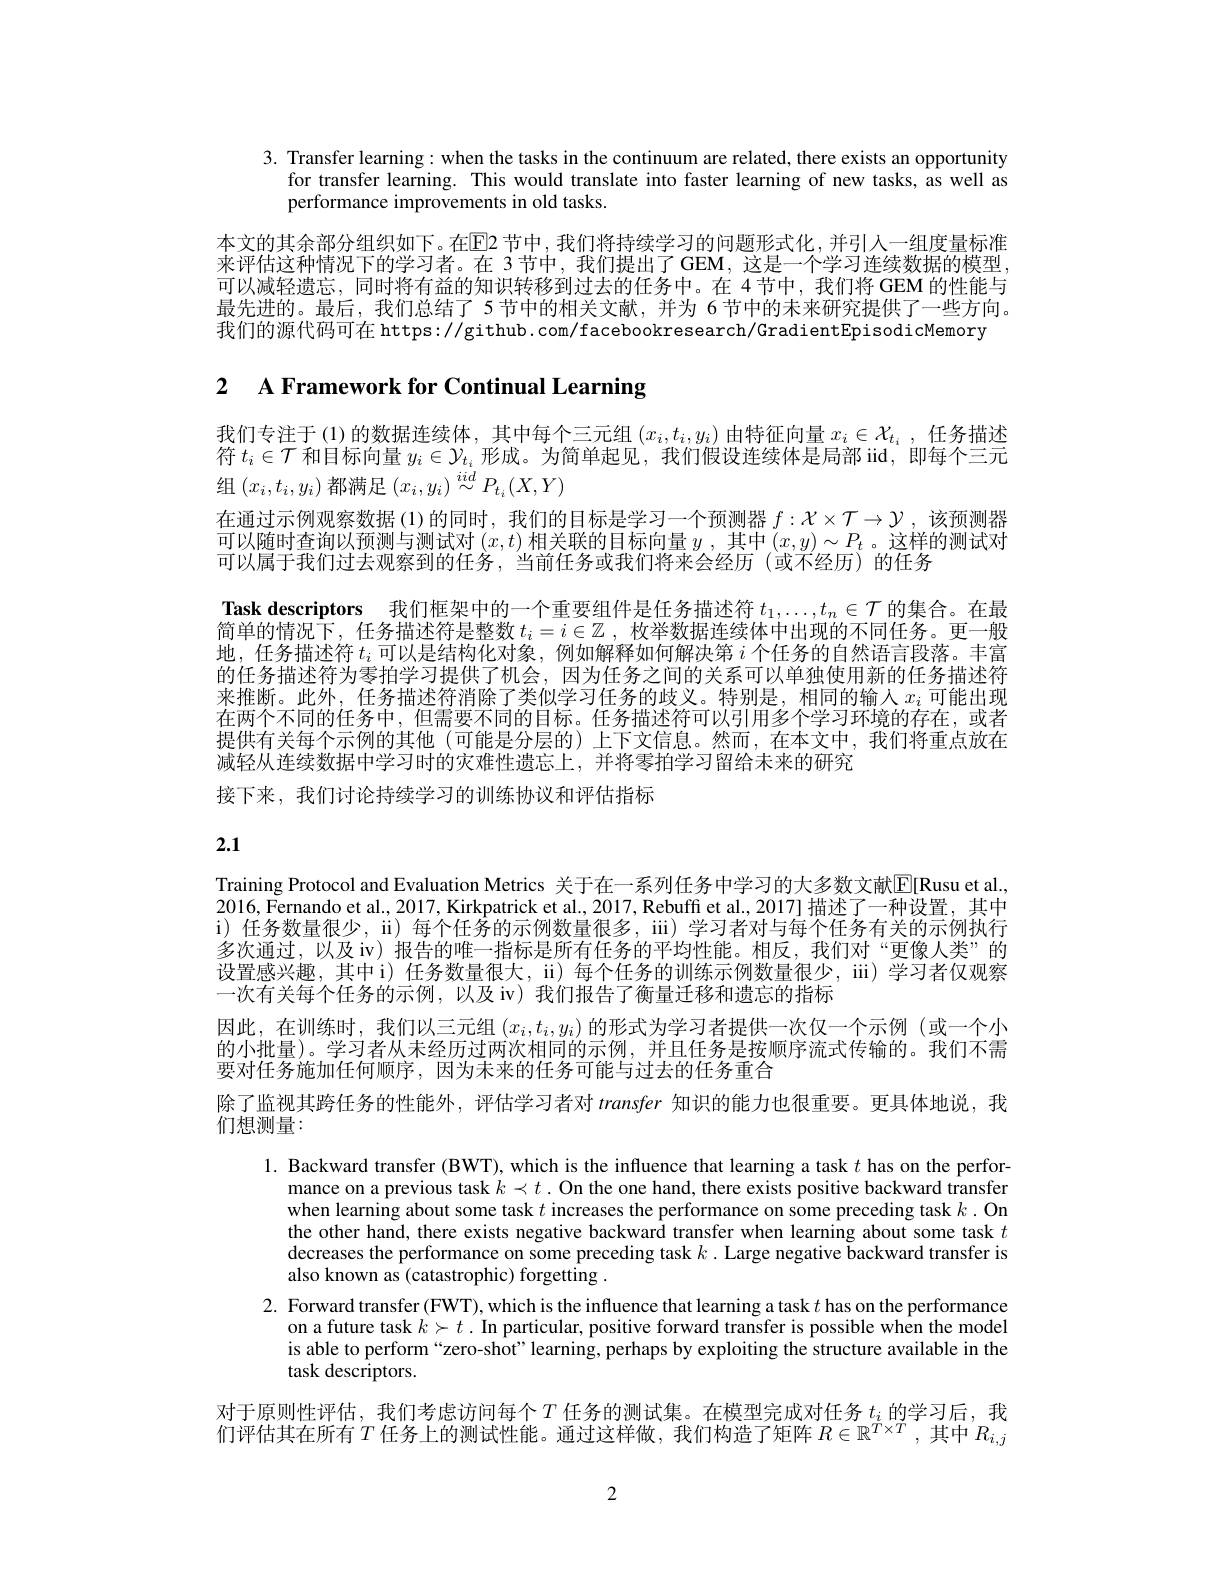
3. Transfer learning: when the tasks in the continuum are related, there exists an opportunity
for transfer learning. This would translate into faster learning of new tasks, as well as
performance improvements in old tasks

本文的其余部分组织如下。在$\overline{\mathrm{E}}$2 节中，我们将持续学习的问题形式化，并引入一组度量标准来评估这种情况下的学习者。在 3 节中，我们提出了 GEM, 这是一个学习连续数据的模型， 可以减轻遗忘，同时将有益的知识转移到过去的任务中。在 4节中，我们将 GEM 的性能与最先进的。最后，我们总结了 5 节中的相关文献，并为 6 节中的未来研究提供了一些方向。我们的源代码可在 https://github.com/facebookresearch/GradientEpisodicMemory

2 A Framework for Continual Learning

我们专注于(1)的数据连续体，其中每个三元组$(x_i,t_i,y_i)$由特征向量$x_i\in\mathcal{X}_{t_i}$,任务描述符$t_i\in\mathcal{T}$和目标向量$y_i\in\mathcal{V}_{t_i}$形成。为简单起见，我们假设连续体是局部 iid, 即每个三元组$(x_i,t_i,y_i)$都满足$(x_i,y_i)\stackrel{iid}\sim P_{t_i}(X,Y)$
在通过示例观察数据(1)的同时，我们的目标是学习一个预测器$f:\mathcal{X}\times\mathcal{T}\to\mathcal{Y}$,该预测器可以随时查询以预测与测试对$(x,t)$相关联的目标向量$y$,其中$(x,y)\sim P_t$ 。这样的测试对可以属于我们过去观察到的任务，当前任务或我们将来会经历(或不经历)的任务
Task descriptors 我们框架中的一个重要组件是任务描述符$t_1,\ldots,t_n\in\mathcal{T}$的集合。在最简单的情况下，任务描述符是整数$t_i=i\in\mathbb{Z}$ ,枚举数据连续体中出现的不同任务。更一般地，任务描述符$t_i$可以是结构化对象，例如解释如何解决第$i$个任务的自然语言段落。丰富的任务描述符为零拍学习提供了机会，因为任务之间的关系可以单独使用新的任务描述符来推断。此外，任务描述符消除了类似学习任务的歧义。特别是，相同的输入$x_i$可能出现在两个不同的任务中，但需要不同的目标。任务描述符可以引用多个学习环境的存在，或者提供有关每个示例的其他(可能是分层的)上下文信息。然而，在本文中，我们将重点放在减轻从连续数据中学习时的灾难性遗忘上，并将零拍学习留给未来的研究
接下来，我们讨论持续学习的训练协议和评估指标

# 2.1

Training Protocol and Evaluation Metrics 关于在一系列任务中学习的大多数文献$\mathbb{E}[$Rusu et al. 2016, Fernando et al., 2017, Kirkpatrick et al., 2017, Rebuffi et al., 2017] 描述了一种设置，其中i) 任务数量很少，ii) 每个任务的示例数量很多，iii) 学习者对与每个任务有关的示例执行多次通过，以及 iv) 报告的唯一指标是所有任务的平均性能。相反，我们对“更像人类”的设置感兴趣，其中i) 任务数量很大，ii) 每个任务的训练示例数量很少，iii) 学习者仅观察一次有关每个任务的示例，以及 iv) 我们报告了衡量迁移和遗忘的指标
因此，在训练时，我们以三元组$\left(x_i,t_i,y_i\right)$的形式为学习者提供一次仅一个示例(或一个小的小批量)。学习者从未经历过两次相同的示例，并且任务是按顺序流式传输的。我们不需罗对任务施加任何顺序，因为末来的任务可能与过去的任务重合
除了监视其跨任务的性能外，评估学习者对 transfer 知识的能力也很重要。更具体地说，我
们想测量：

1. Backward transfer (BWT), which is the influence that learning a task $t$ has on the perfor-
mance on a previous task $k\prec t.$ On the one hand, there exists positive backward transfer when learning about some task $t$ increases the performance on some preceding task $k.$ On the other hand, there exists negative backward transfer when learning about some task $t$ decreases the performance on some preceding task $k$ .Large negative backward transfer is also known as (catastrophic) forgetting .
2. Forward transfer (FWT), which is the influence that learning a task $t$ has on the performance
on a future task $k\succ t$ . In particular, positive forward transfer is possible when the model is able to perform“zero-shot”learning, perhaps by exploiting the structure available in the task descriptors.
对于原则性评估，我们考虑访问每个$T$任务的测试集。在模型完成对任务$t_i$的学习后，我

们评估其在所有$T$任务上的测试性能。通过这样做，我们构造了矩阵$R\in\mathbb{R}^T\times T$,其中$R_i$,

2